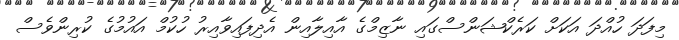
މިފަދަ ހުއްދަ އަކަށް ކަރެކްޝަންސްގައި ނާޒިމްގެ އާއިލާއިން އެދިފައިވާއިރު ހުކުމް އައުމުގެ ކުރިންވެސް